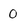
Character: 0